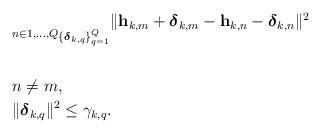
LaTeX: \begin{align*}\begin{aligned}& \underset{n \in {1, \ldots , Q}}{} \underset{\{\boldsymbol{\delta}_{k,q}\}_{q = 1}^Q}{} \| \mathbf{h}_{k,m} + \boldsymbol{\delta}_{k,m} - \mathbf{h}_{k,n} - \boldsymbol{\delta}_{k,n}\|^2 \\& \\& n \neq m, \\& \|\boldsymbol{\delta}_{k,q}\|^2 \leq \gamma_{k,q}.\\\end{aligned}\end{align*}